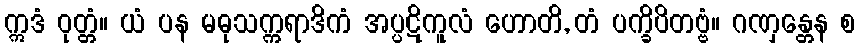
ဣဒံ ဝုတ္တံ။ ယံ ပန မဓုသက္ကရာဒိကံ အပ္ပဋိကူလံ ဟောတိ, တံ ပက္ခိပိတဗ္ဗံ။ ဂဏှန္တေန စ